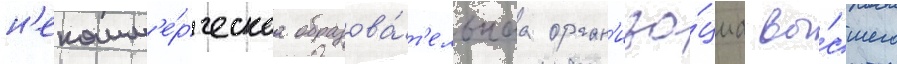
н'екомм'е́рческаа образова́т'ельнаа орган'иза́циа вы́сшего